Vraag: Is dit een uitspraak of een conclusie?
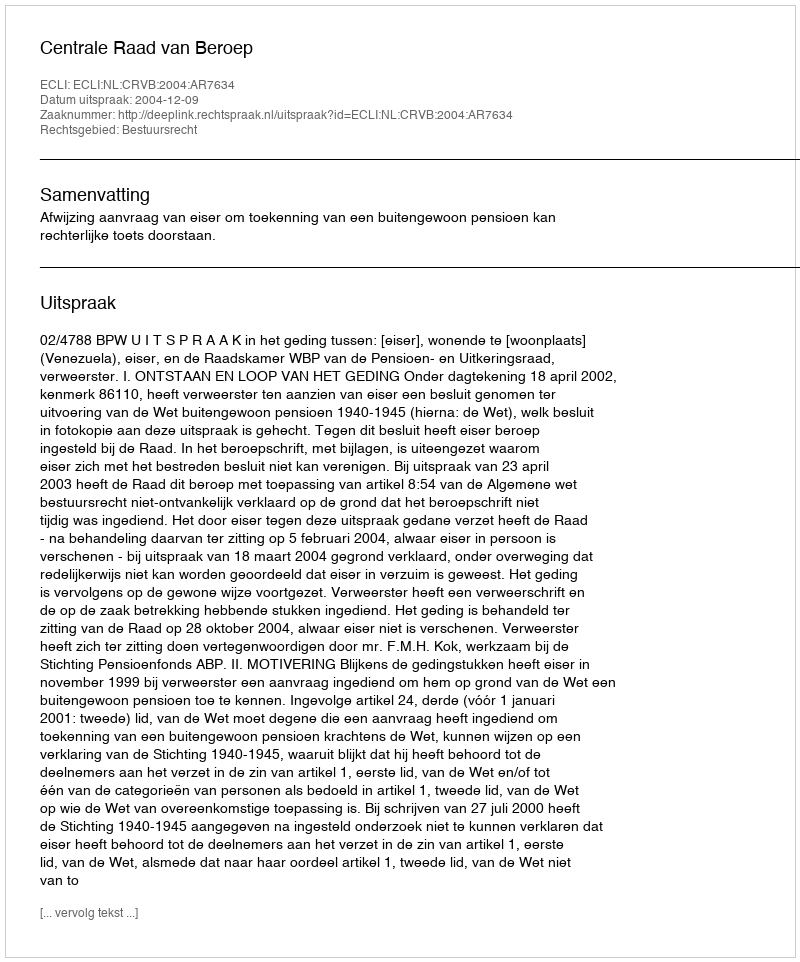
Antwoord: Uitspraak